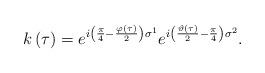
LaTeX: \begin{align*}k\left( \tau \right) = e^{i\left( \frac{\pi}{4} -\frac{\varphi\left( \tau\right) }{2}\right)\sigma^1} e^{i\left( \frac{\vartheta\left(\tau\right)}{2} - \frac{\pi}{4}\right)\sigma^2} .\end{align*}